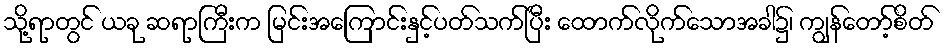
သို့ရာတွင် ယခု ဆရာကြီးက မြင်းအကြောင်းနှင့်ပတ်သက်ပြီး ထောက်လိုက်သောအခါ၌၊ ကျွန်တော့်စိတ်